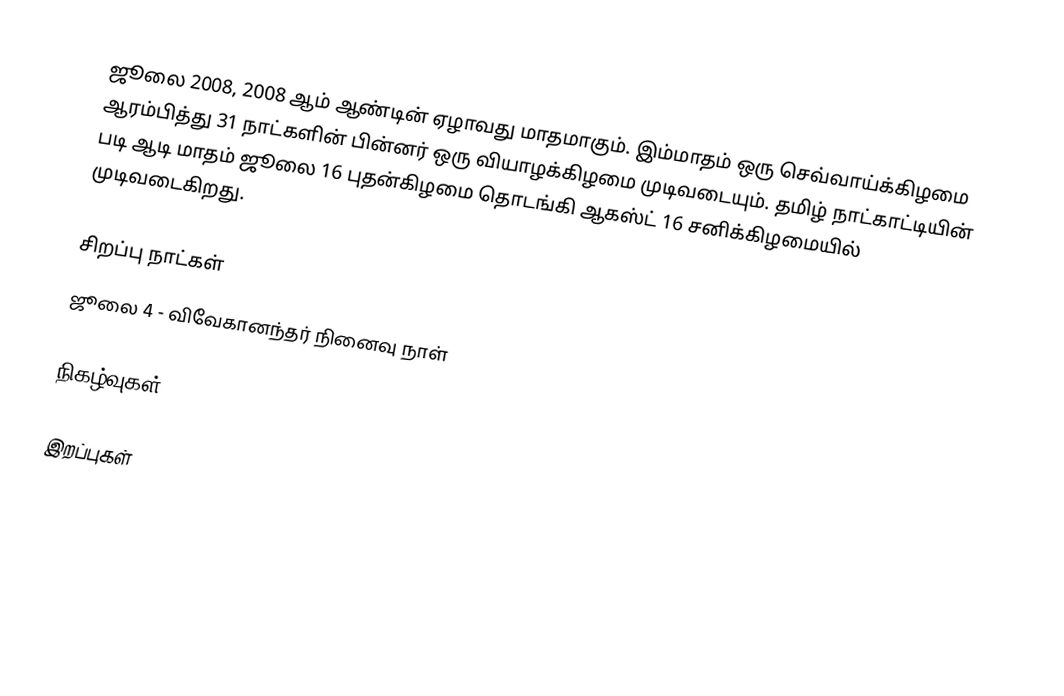
ஜூலை 2008, 2008 ஆம் ஆண்டின் ஏழாவது மாதமாகும். இம்மாதம் ஒரு செவ்வாய்க்கிழமை ஆரம்பித்து 31 நாட்களின் பின்னர் ஒரு வியாழக்கிழமை முடிவடையும். தமிழ் நாட்காட்டியின் படி ஆடி மாதம் ஜூலை 16 புதன்கிழமை தொடங்கி ஆகஸ்ட் 16 சனிக்கிழமையில் முடிவடைகிறது.

சிறப்பு நாட்கள்
 ஜூலை 4 - விவேகானந்தர் நினைவு நாள்

நிகழ்வுகள்

இறப்புகள்

2008